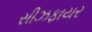
સીઝફાયર